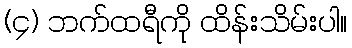
(၄) ဘက်ထရီကို ထိန်းသိမ်းပါ။